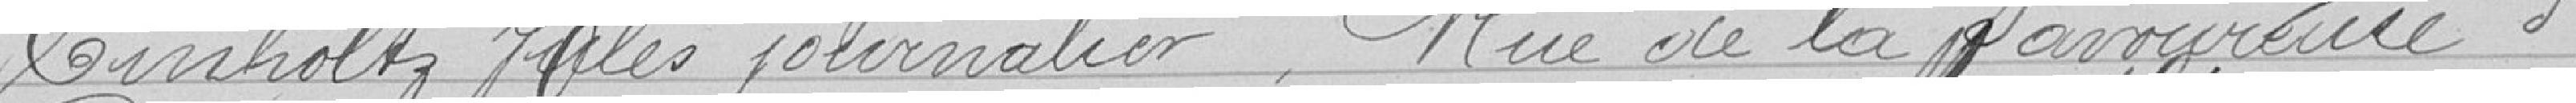
Cinholtz Jules, journalier, Rue de la savoureuse 3